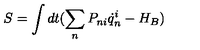
S = \int d t ( \sum _ { n } P _ { n i } \dot { q } _ { n } ^ { i } - H _ { B } )